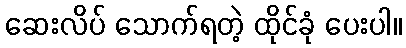
ဆေးလိပ် သောက်ရတဲ့ ထိုင်ခုံ ပေးပါ။